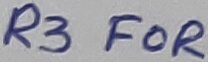
Text: R3 FOR